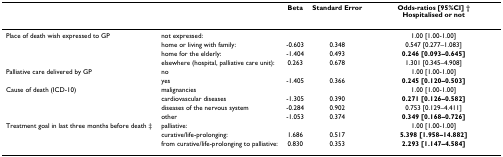
|  |  | Beta | Standard Error | Odds-ratios [95%CI] †Hospitalised or not |
 | --- | --- | --- | --- | --- |
 | Place of death wish expressed to GP | not expressed: |  |  | 1.00 [1.00-1.00] |
 |  | home or living with family: | -0.603 | 0.348 | 0.547 [0.277–1.083] |
 |  | home for the elderly: | -1.404 | 0.493 | 0.246 [0.093–0.645] |
 |  | elsewhere (hospital, palliative care unit): | 0.263 | 0.678 | 1.301 [0.345–4.908] |
 | Palliative care delivered by GP | no |  |  | 1.00 [1.00-1.00] |
 |  | yes | -1.405 | 0.366 | 0.245 [0.120–0.503] |
 | Cause of death (ICD-10) | malignancies |  |  | 1.00 [1.00-1.00] |
 |  | cardiovascular diseases | -1.305 | 0.390 | 0.271 [0.126–0.582] |
 |  | diseases of the nervous system | -0.284 | 0.902 | 0.753 [0.129–4.411] |
 |  | other | -1.053 | 0.374 | 0.349 [0.168–0.726] |
 | Treatment goal in last three months before death ‡ | palliative: |  |  | 1.00 [1.00-1.00] |
 |  | curative/life-prolonging: | 1.686 | 0.517 | 5.398 [1.958–14.882] |
 |  | from curative/life-prolonging to palliative: | 0.830 | 0.353 | 2.293 [1.147–4.584] |